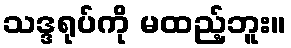
သဒ္ဒရုပ်ကို မထည့်ဘူး။